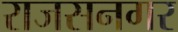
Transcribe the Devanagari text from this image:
राजसनगर